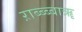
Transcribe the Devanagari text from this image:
ऱाब्ब्ब्बाॠ